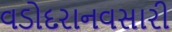
વડોદરાનવસારી